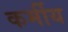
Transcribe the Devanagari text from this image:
कर्मीय